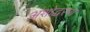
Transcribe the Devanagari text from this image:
अंशोद्धरण